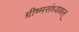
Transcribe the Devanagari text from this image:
ग्रीष्मसंध्यकल्